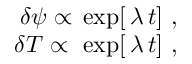
\begin{array} { r } { \delta { \psi } \propto \, \exp [ \, \lambda \, t ] \ , \ } \\ { \delta { T } \propto \, \, \exp [ \, \lambda \, t ] \ , \ } \end{array}